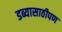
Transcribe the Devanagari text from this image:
डब्यासाठीपण